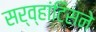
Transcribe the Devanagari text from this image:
सर्व्हांटिसने